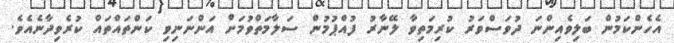
އެހެންކަމުން ބަލިވެއިންނަ ދުވަސްވަރު ކުރިމަތިވާ ލޭނާރު ފުއްޕުމުން ސަލާމަތްވުމަށް އަންނަނިވި ކަންތައްތައް ކުރެވިދާނެއެވެ.